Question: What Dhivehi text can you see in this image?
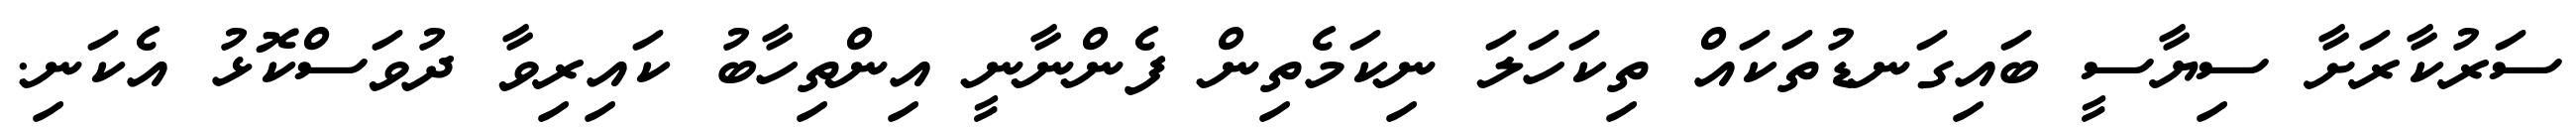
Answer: ސަރުކާރަށާ ސިޔާސީ ބައިގަނޑުތަކައް ތިކަހަލަ ނިކަމެތިން ފެންނާނީ އިންތިހާބު ކައިރިވާ ދުވަސްކޮޅު އެކަނި.